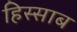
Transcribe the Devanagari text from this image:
हिस्साब